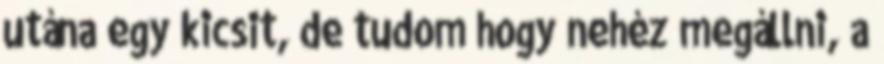
utána egy kicsit, de tudom hogy nehéz megállni, a